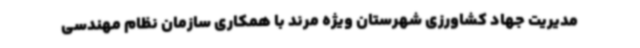
مدیریت جهاد کشاورزی شهرستان ویژه مرند با همکاری سازمان نظام مهندسی